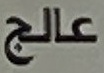
عالج